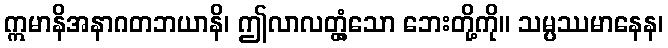
ဣမာနိအနာဂတဘယာနိ၊ ဤလာလတ္တံ့သော ဘေးတို့ကို။ သမ္ပဿမာနေန၊